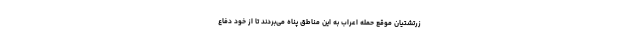
زرتشتیان موقع حمله اعراب به این مناطق پناه می‌بردند تا از خود دفاع